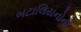
બટાલિયનોની